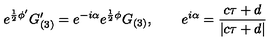
e ^ { \frac { 1 } { 2 } \phi ^ { \prime } } G _ { ( 3 ) } ^ { \prime } = e ^ { - i \alpha } e ^ { \frac { 1 } { 2 } \phi } G _ { ( 3 ) } , \qquad e ^ { i \alpha } = \frac { c \tau + d } { | c \tau + d | }